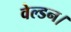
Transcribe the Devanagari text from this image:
वेल्डन।